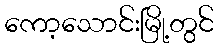
ကော့သောင်းမြို့တွင်